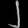
Digit: ၂